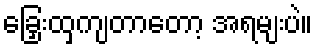
ခြှေးထှကျတာတော့ အရမျးပဲ။